65_HS1-834228961_62-HQ-83894_Section_9
Agency: FBI
Page 113
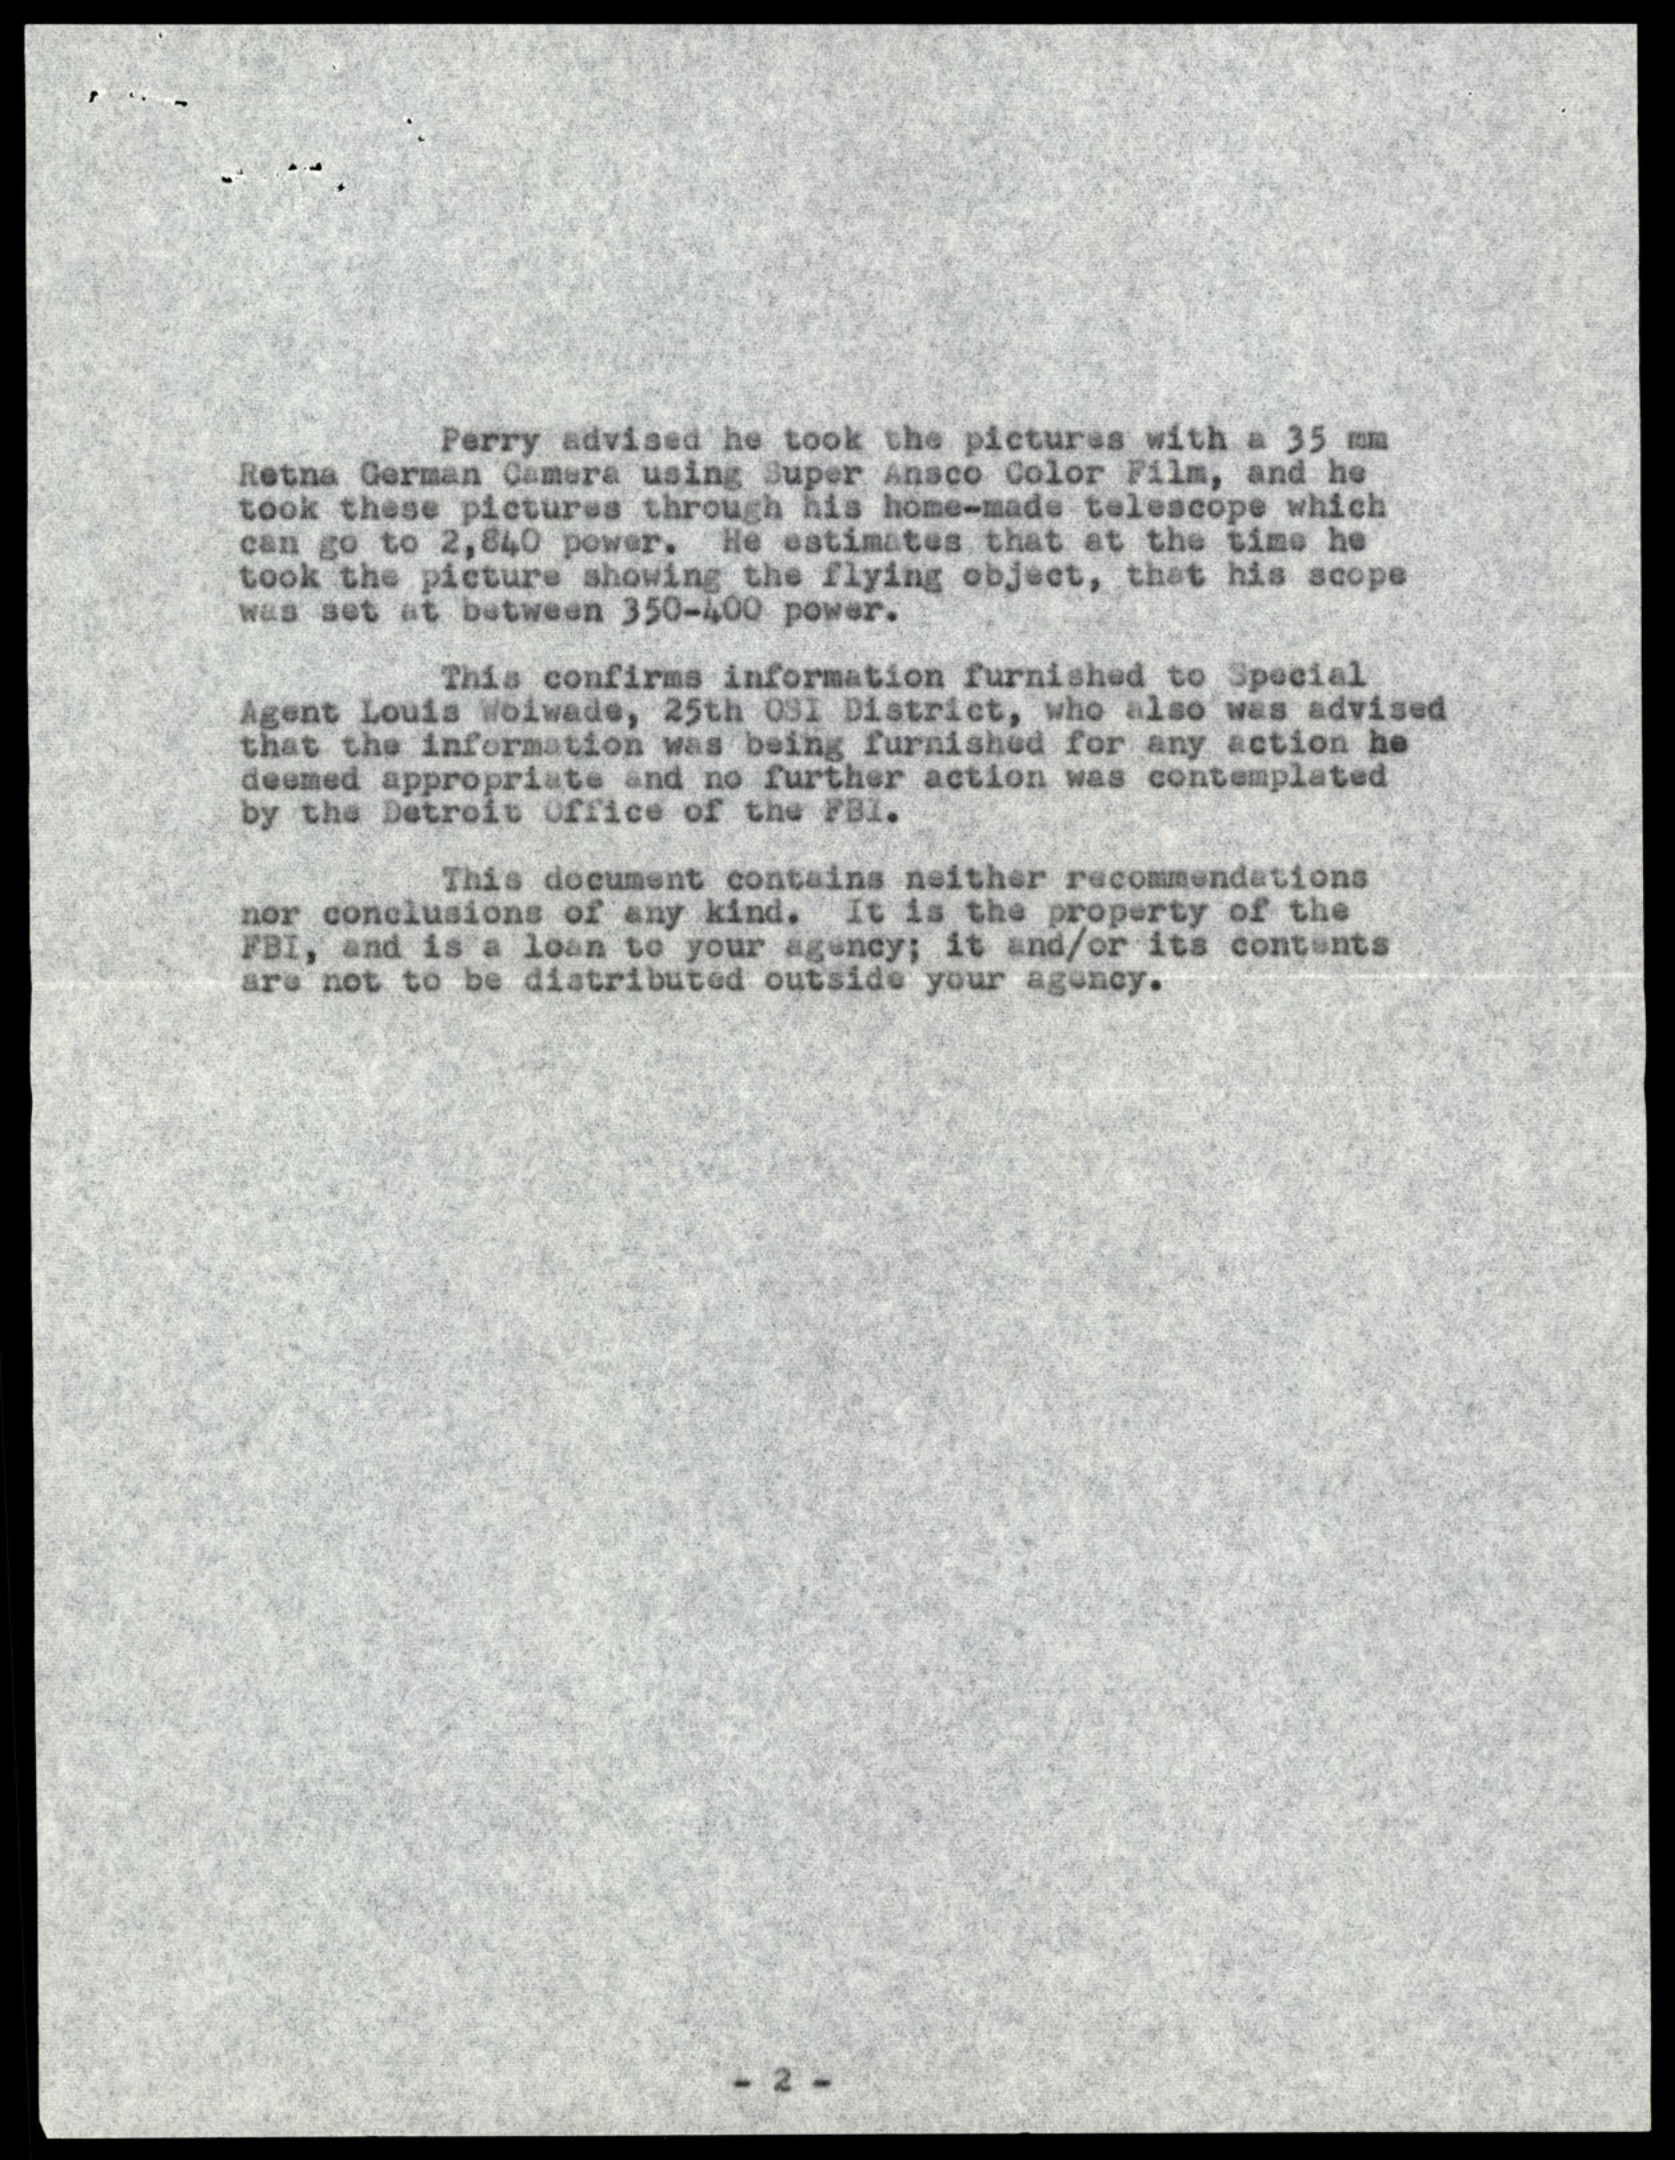